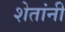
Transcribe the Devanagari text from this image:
शेतांनी